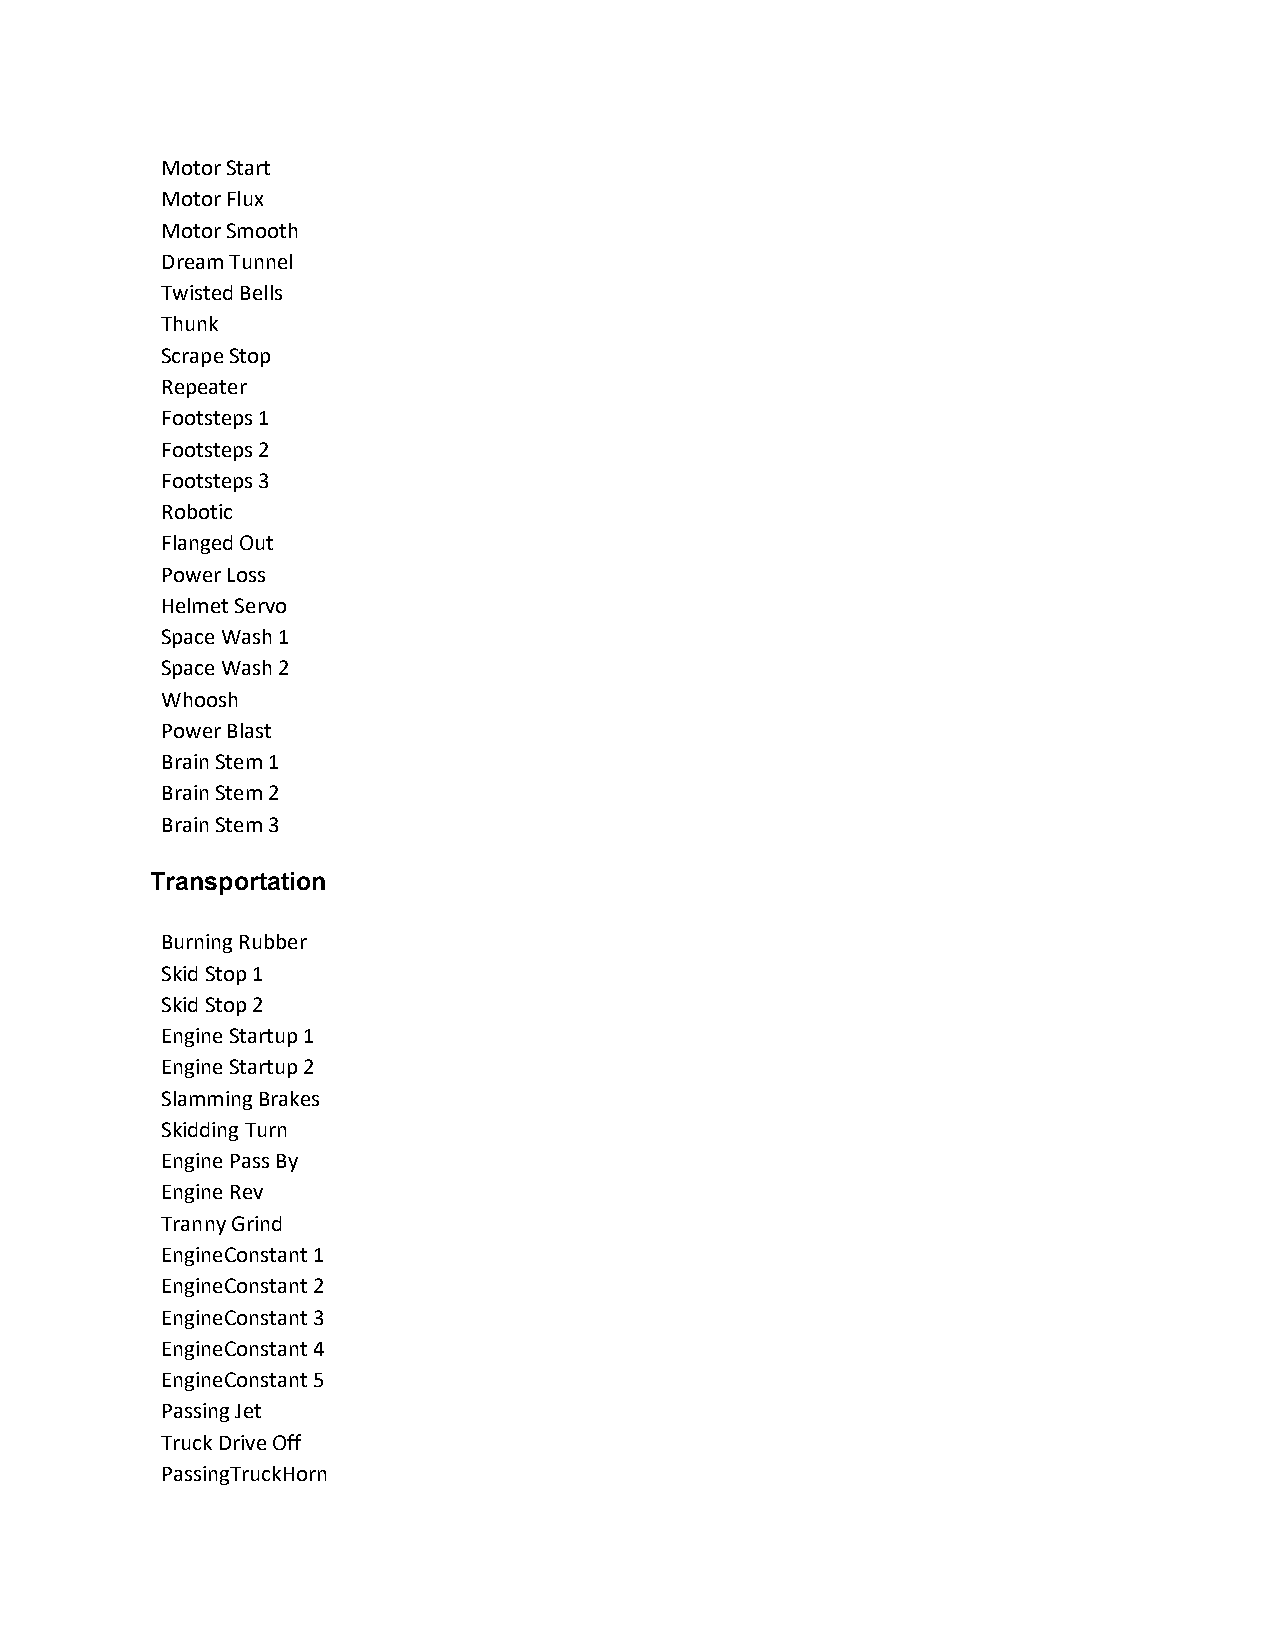
Motor Start
 Motor Flux
 Motor Smooth
 Dream Tunnel
 Twisted Bells
 Thunk
 Scrape Stop
 Repeater
 Footsteps 1
 Footsteps 2
 Footsteps 3
 Robotic
 Flanged Out
 Power Loss
 Helmet Servo
 Space Wash 1
 Space Wash 2
 Whoosh
 Power Blast
 Brain Stem 1
 Brain Stem 2
 Brain Stem 3
 Transportation
 Burning Rubber
 Skid Stop 1
 Skid Stop 2
 Engine Startup 1
 Engine Startup 2
 Slamming Brakes
 Skidding Turn
 Engine Pass By
 Engine Rev
 Tranny Grind
 EngineConstant 1
 EngineConstant 2
 EngineConstant 3
 EngineConstant 4
 EngineConstant 5
 Passing Jet
 Truck Drive Off
 PassingTruckHorn